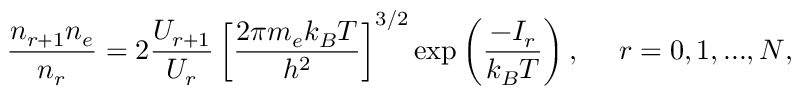
\frac { n _ { r + 1 } n _ { e } } { n _ { r } } = 2 \frac { U _ { r + 1 } } { U _ { r } } \left[ \frac { 2 \pi m _ { e } k _ { B } T } { h ^ { 2 } } \right] ^ { 3 / 2 } \exp \left( \frac { - I _ { r } } { k _ { B } T } \right) , ~ ~ ~ ~ r = 0 , 1 , . . . , N ,